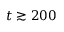
t \gtrsim 2 0 0